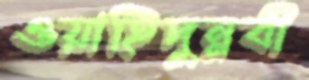
ওয়াহিদুন্নবী